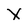
Character: x